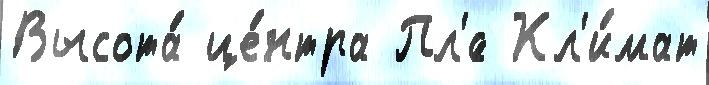
Высота́ це́нтра Пл'́с Кл'и́мат